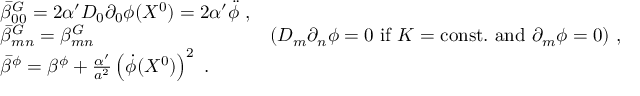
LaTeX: \begin{array} { l r } { { \bar { \beta } _ { 0 0 } ^ { G } = 2 \alpha ^ { \prime } D _ { 0 } \partial _ { 0 } \phi ( X ^ { 0 } ) = 2 \alpha ^ { \prime } \ddot { \phi } \ , } } & { { } } \\ { { \bar { \beta } _ { m n } ^ { G } = \beta _ { m n } ^ { G } } } & { { ( D _ { m } \partial _ { n } \phi = 0 \ \mathrm { i f } \ K = \mathrm { c o n s t . \ a n d } \ \partial _ { m } \phi = 0 ) \ , } } \\ { { \bar { \beta } ^ { \phi } = \beta ^ { \phi } + \frac { \alpha ^ { \prime } } { a ^ { 2 } } \left( \dot { \phi } ( X ^ { 0 } ) \right) ^ { 2 } \ . } } & { { } } \end{array}